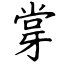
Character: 牚